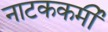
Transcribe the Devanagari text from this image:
नाटककर्मी